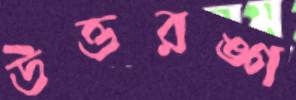
উত্তরঙ্গ